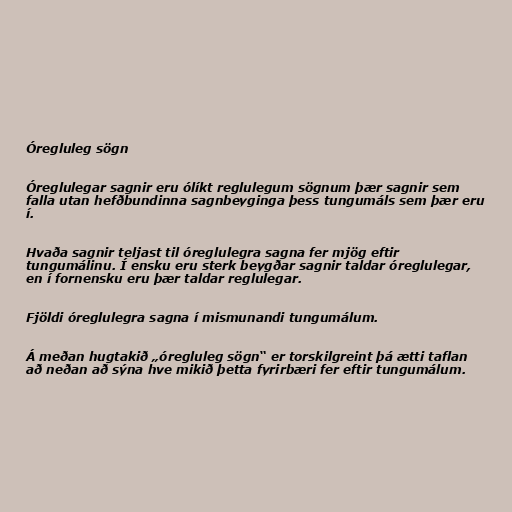
Óregluleg sögn

Óreglulegar sagnir eru ólíkt reglulegum sögnum þær sagnir sem
falla utan hefðbundinna sagnbeyginga þess tungumáls sem þær eru
í.

Hvaða sagnir teljast til óreglulegra sagna fer mjög eftir
tungumálinu. Í ensku eru sterk beygðar sagnir taldar óreglulegar,
en í fornensku eru þær taldar reglulegar.

Fjöldi óreglulegra sagna í mismunandi tungumálum.

Á meðan hugtakið „óregluleg sögn“ er torskilgreint þá ætti taflan
að neðan að sýna hve mikið þetta fyrirbæri fer eftir tungumálum.